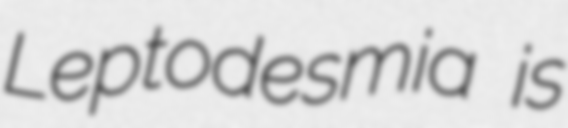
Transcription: Leptodesmia is